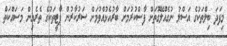
މިފަދަ ބިލްތަކުގެ އަސްލު ނުގެއްލޭގޮތަށް ފާސްކުރުމަށް ބާރުއެޅުއްވުމަށް ސަރުކާރުން ޕާަޓީތަކުގެ ތެރެއިން މަސައްކަތް